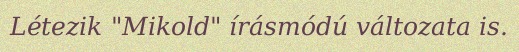
Létezik "Mikold" írásmódú változata is.